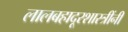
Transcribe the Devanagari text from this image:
लालबहादूरशास्त्रींनी